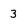
Character: 3